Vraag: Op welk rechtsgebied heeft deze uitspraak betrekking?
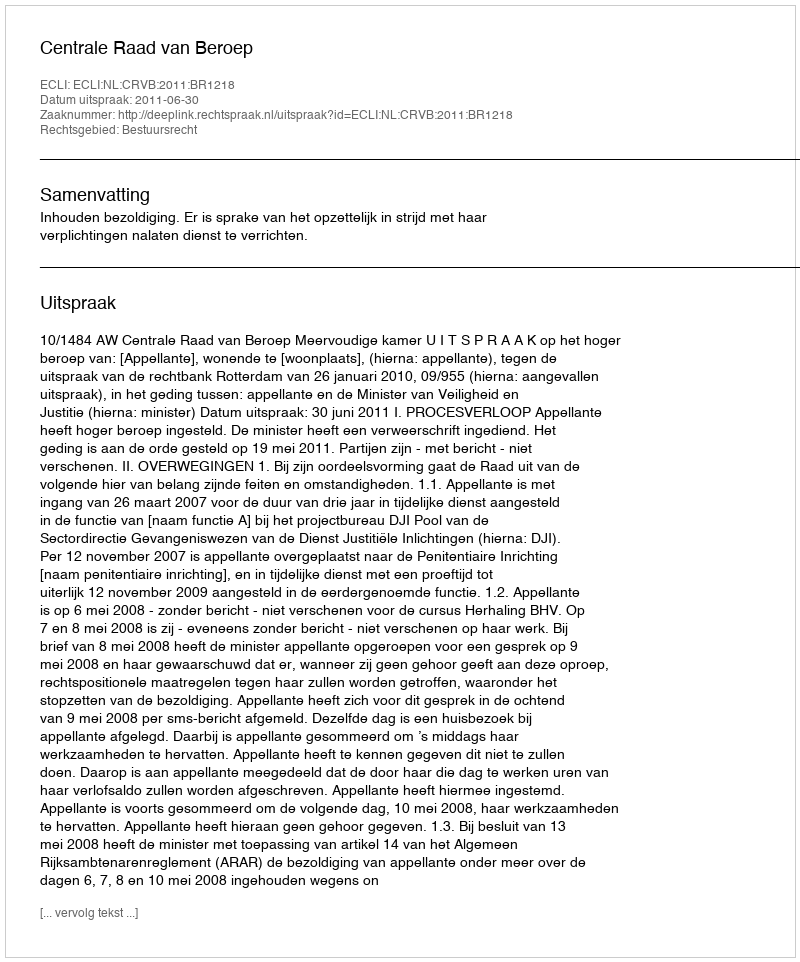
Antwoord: Bestuursrecht